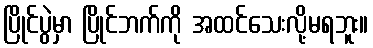
ပြိုင်ပွဲမှာ ပြိုင်ဘက်ကို အထင်သေးလို့မရဘူး။